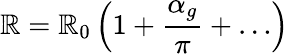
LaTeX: \mathbb{R}=\mathbb{R}_{0}\left(1+{\frac{{\alpha_{g}}}{{\pi}}}+\dots\right)